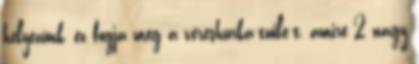
helyezünk, ez fogja meg a véreshurka-tuile-t, amire 2 nagy